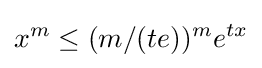
x^{m}\leq (m/(te))^{m}e^{tx}